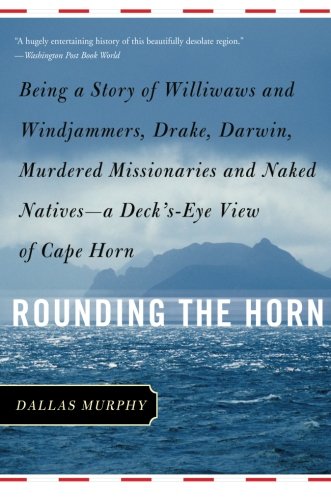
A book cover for Rounding the Horn: Being the Story of Williwaws and Windjammers, Drake, Darwin, Murdered Missionaries and Naked Natives--a Deck's-eye View of Cape Horn; Dallas Murphy; Travel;